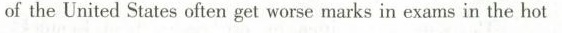
of the United States often get worse marks in exams in the hot